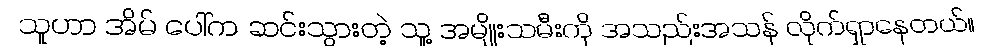
သူဟာ အိမ် ပေါ်က ဆင်းသွားတဲ့ သူ့ အမျိုးသမီးကို အသည်းအသန် လိုက်ရှာနေတယ်။